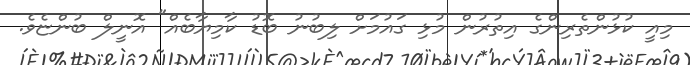
މިއީ ކުުޅުންތެރިންގެ އިތުރުން މުޅި ގައުމަށް ލިބުނު ބޮޑު ކާމިޔާބެއް" އޮނީލް ބުންޏެވެ.